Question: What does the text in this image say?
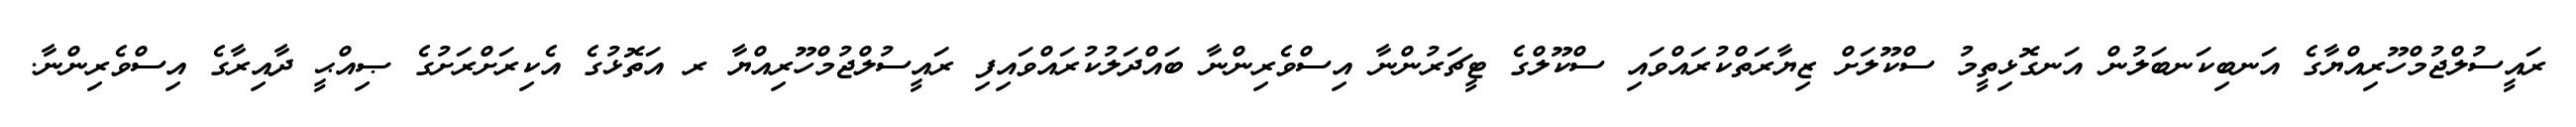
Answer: ރައީސުލްޖުމްހޫރިއްޔާގެ އަނބިކަނބަލުން އަނގޮޅިތީމު ސްކޫލަށް ޒިޔާރަތްކުރައްވައި ސްކޫލްގެ ޓީޗަރުންނާ އިސްވެރިންނާ ބައްދަލުކުރައްވައިފި ރައީސުލްޖުމްހޫރިއްޔާ ރ އަތޮޅުގެ އެކިރަށްރަށުގެ ޞިއްޙީ ދާއިރާގެ އިސްވެރިންނާ.